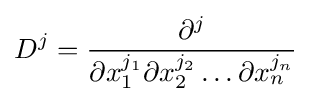
D^{j}={\frac {\partial ^{j}}{\partial x_{1}^{j_{1}}\partial x_{2}^{j_{2}}\ldots \partial x_{n}^{j_{n}}}}